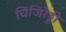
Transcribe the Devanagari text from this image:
चिंजिरेड्डी